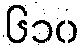
၆၁၀